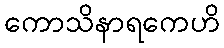
ကောသိနာရကေဟိ